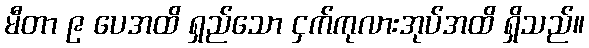
မီတာ ၉ ပေအထိ ရှည်သော ငှက်ကုလားအုပ်အထိ ရှိသည်။